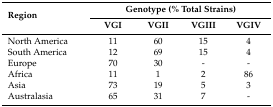
| <ROWSPAN=2> Region | <COLSPAN=4> Genotype (% Total Strains) |
 | VGI | VGII | VGIII | VGIV |
 | --- | --- | --- | --- | --- |
 | North America | 11 | 60 | 15 | 4 |
 | South America | 12 | 69 | 15 | 4 |
 | Europe | 70 | 30 | - | - |
 | Africa | 11 | 1 | 2 | 86 |
 | Asia | 73 | 19 | 5 | 3 |
 | Australasia | 65 | 31 | 7 | - |